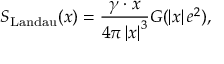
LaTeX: S _ { \mathrm { L a n d a u } } ( x ) = \frac { \gamma \cdot x } { 4 \pi \left| x \right| ^ { 3 } } G ( \left| x \right| e ^ { 2 } ) ,